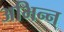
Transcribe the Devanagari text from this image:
अभिन्न्